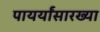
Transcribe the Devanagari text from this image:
पायर्यांसारख्या